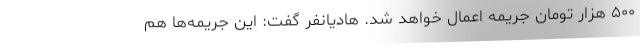
۵۰۰ هزار تومان جریمه اعمال خواهد شد. هادیانفر گفت: این جریمه‌ها هم